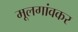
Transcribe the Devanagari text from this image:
मूलगांवकर